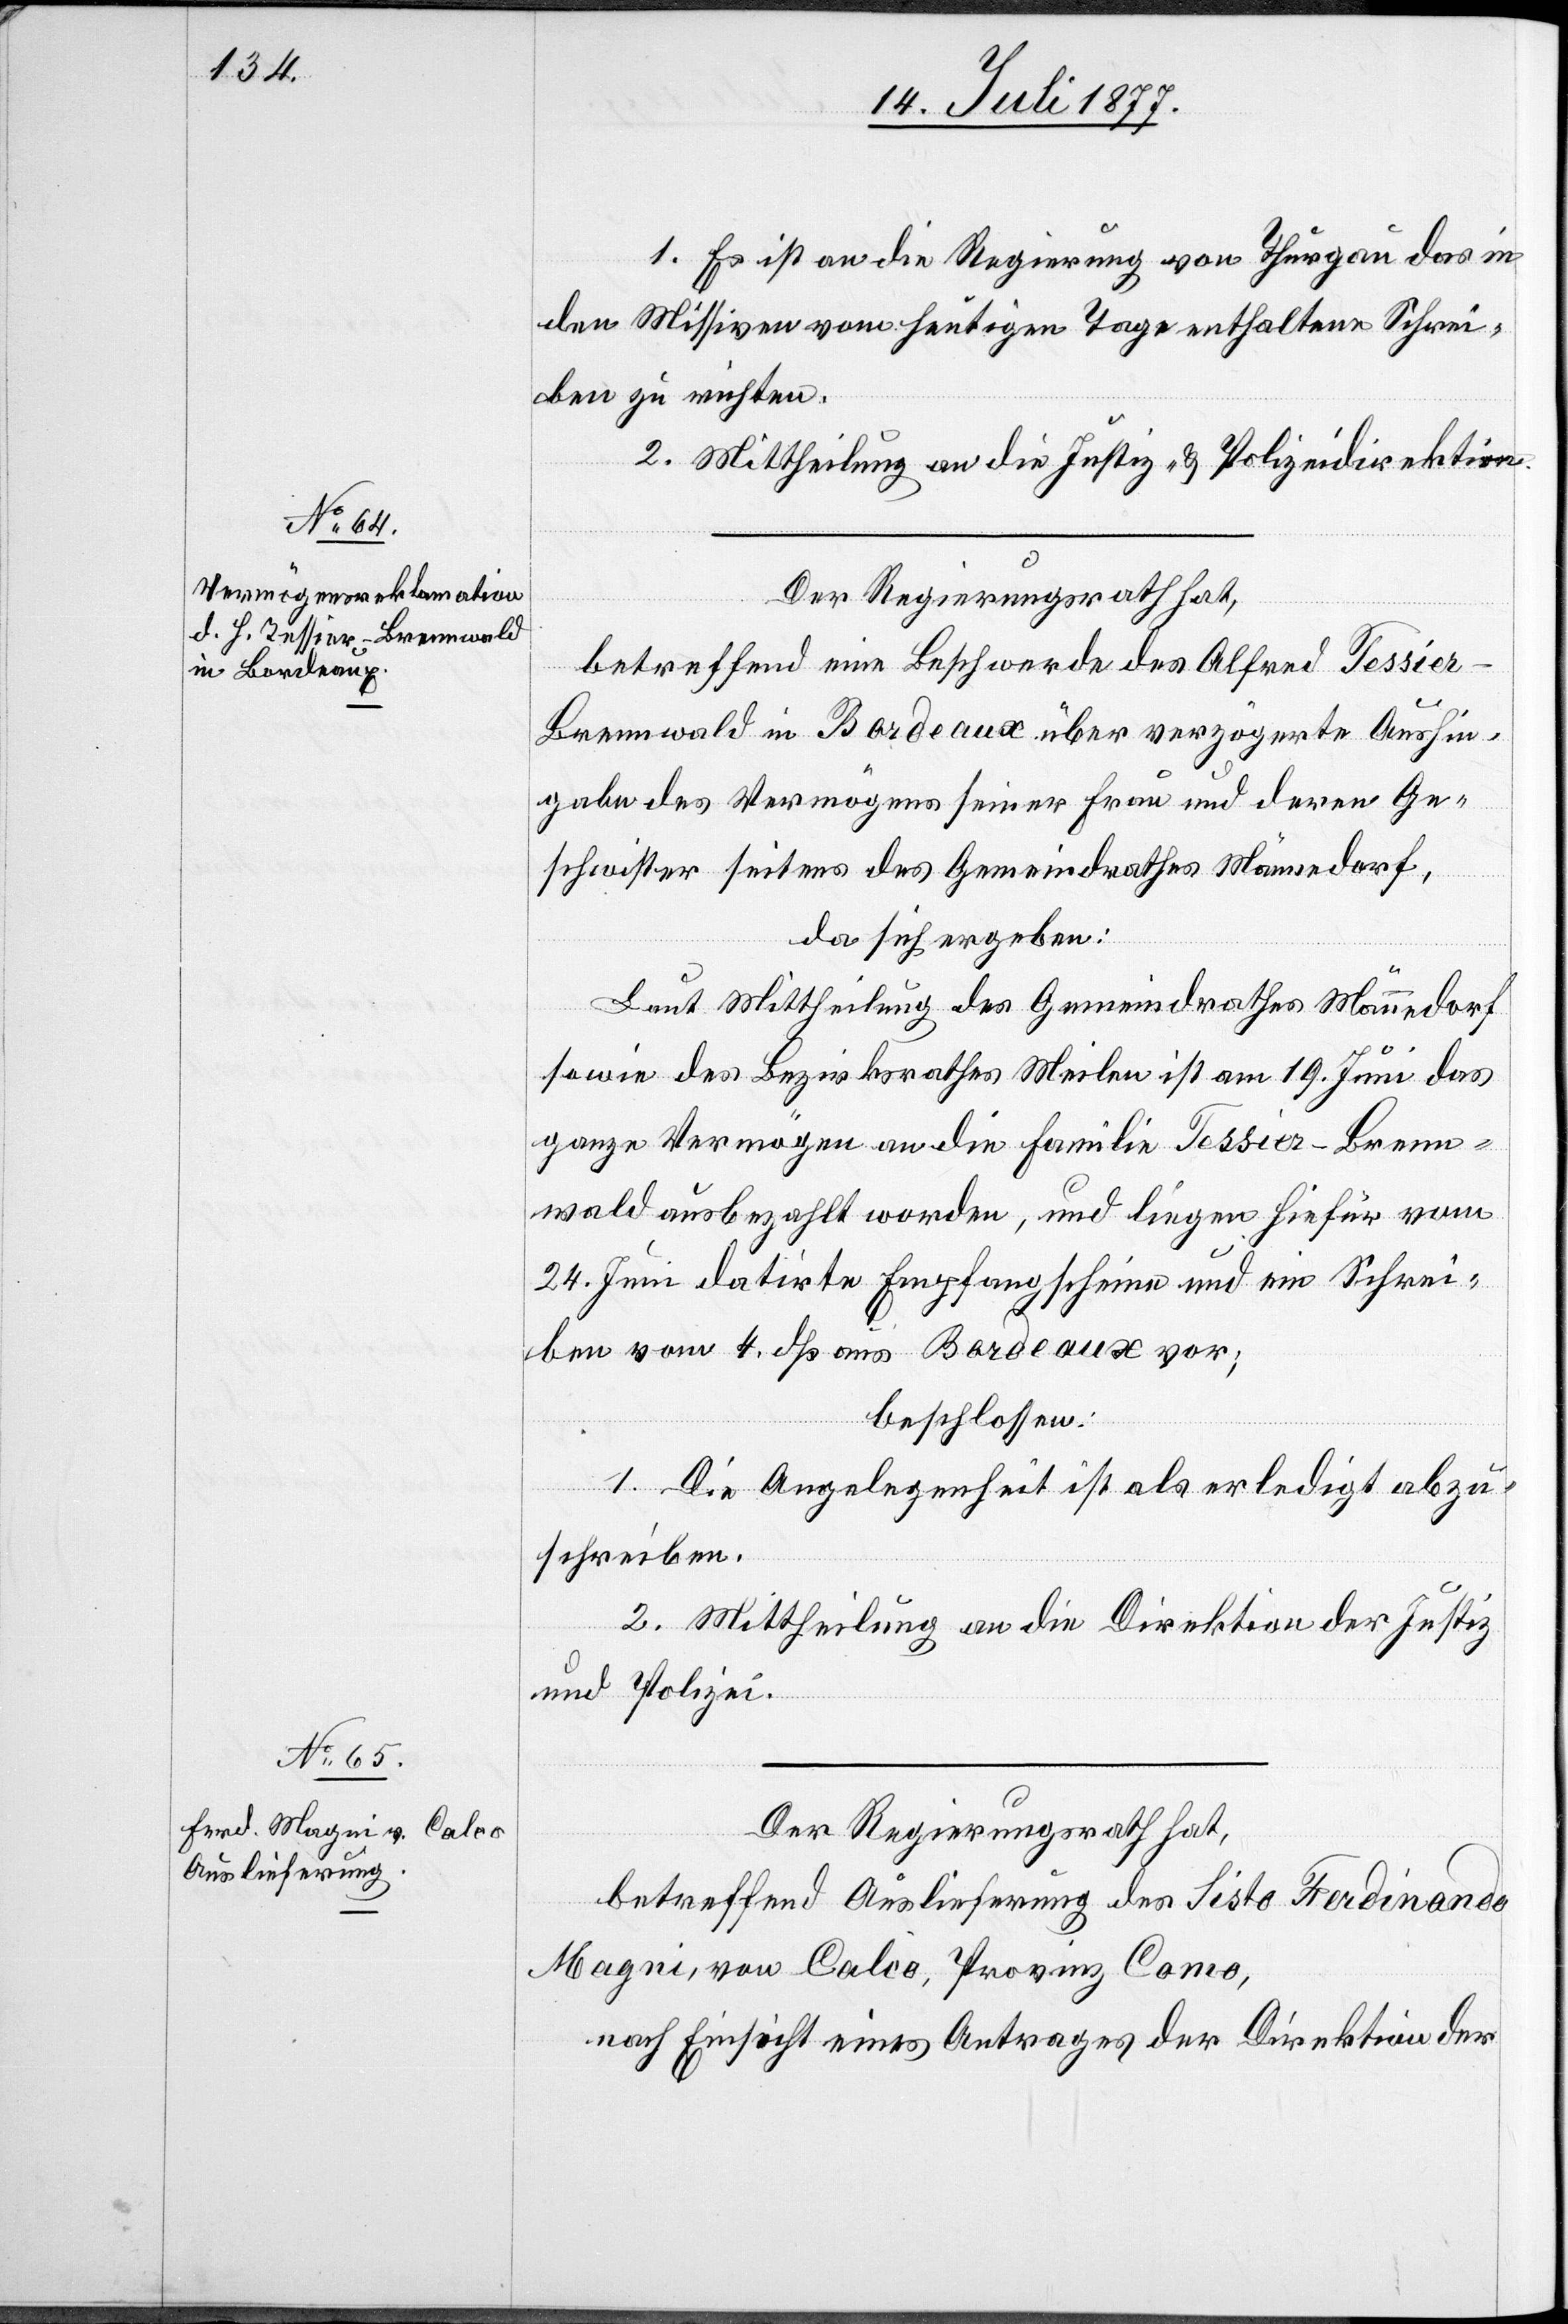
1. Es ist an die Regierung von Thurgau das in
den Missiven vom heutigen Tage enthaltene Schrei¬
ben zu richten.
2. Mittheilung an die Justiz- & Polizeidirektion.
Der Regierungsrath hat,
betreffend eine Beschwerde des Alfred Tessie¬
r-Brennwald in Bordeaux über verzögerte Aushin¬
gabe des Vermögens seiner Frau und deren Ge¬
schwister seitens des Gemeindrathes Männedorf,
da sich ergeben:
Laut Mittheilung des Gemeindrathes Männedorf
sowie des Bezirksrathes Meilen ist am 19. Juni das
ganze Vermögen an die Familie Tessier-Brenn¬
wald ausbezahlt worden, und liegen hiefür vom
24. Juni datirte Empfangscheine und ein Schrei¬
ben vom 4. dß aus Bordeaux vor;
beschlossen:
1. Die Angelegenheit ist als erledigt abzu¬
schreiben.
2. Mittheilung an die Direktion der Justiz
und Polizei.
Der Regierungsrath hat,
betreffend Auslieferung des Sisto Ferdinando
Magni, von Calco, Provinz Como,
nach Einsicht eines Antrages der Direktion der